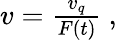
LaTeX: \begin{array}{r}{v=\frac{v_{q}}{F(t)}\ ,}\end{array}